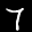
Label: 7